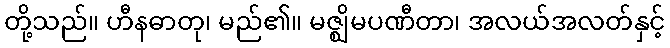
တို့သည်။ ဟီနဓာတု၊ မည်၏။ မဇ္ဈိမပဏီတာ၊ အလယ်အလတ်နှင့်